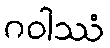
ဂဝါဿံ